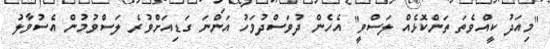
"މިއަދު ކީއްވެތަ ތަންކޮޅެއް ލަސްވީ" އެހެން ދުވަސްދުވަހު އަންނަ ގަޑިއަށްވުރެ ލަސްވުމުން އެސުވާލު